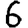
Digit: 6